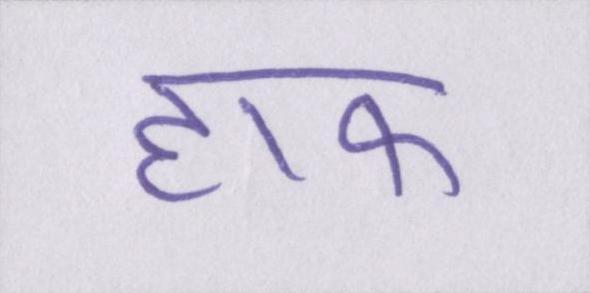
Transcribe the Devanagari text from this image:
हाफ